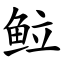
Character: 䲞